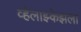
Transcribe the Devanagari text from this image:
व्हेलाझ्केझला